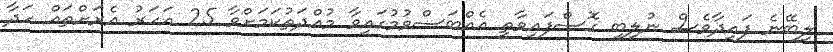
ލިބޭނެ ފައިދާވެސް ނުލިބި ގޮސްފައިވާތީ އެއްބަސްވުމުގައިވާ މުއްދަތުކަމަށްވާ 25 އަހަރު އެރަށްތައް ހަދާ